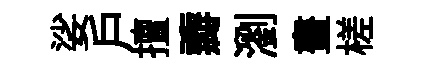
娑戶擅瓣瀏晝槎